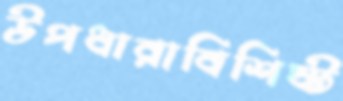
উপধারাবিশিষ্ট